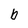
Character: b